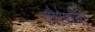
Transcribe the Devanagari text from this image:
चौखांबी